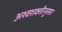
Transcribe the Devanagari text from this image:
अश्वशक्तीनुसार